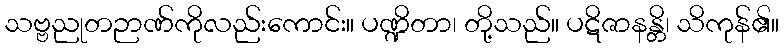
သဗ္ဗညုတဉာဏ်ကိုလည်းကောင်း။ ပဏ္ဍိတာ၊ တို့သည်။ ပဋိဇာနန္တိ၊ သိကုန်၏။